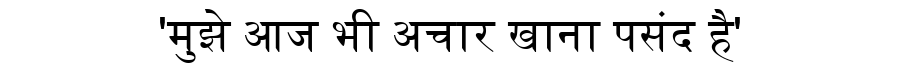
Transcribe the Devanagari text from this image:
'मुझे आज भी अचार खाना पसंद है'